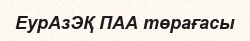
ЕурАзЭҚ ПАА төрағасы